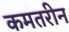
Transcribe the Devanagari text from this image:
कमतरीन